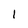
Character: 1